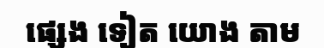
ផ្សេង ទៀត យោង តាម